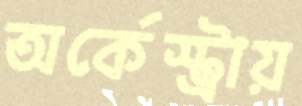
অর্কেস্ট্রায়